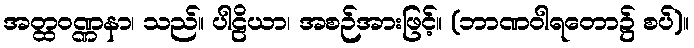
အတ္ထဝဏ္ဏနာ၊ သည်။ ပါဠိယာ၊ အစဉ်အားဖြင့်။ (ဘာဏဝါရတော၌ စပ်)။